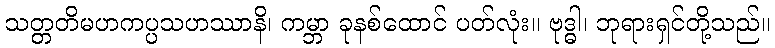
သတ္တတိမဟကပ္ပသဟဿာနိ၊ ကမ္ဘာ ခုနစ်ထောင် ပတ်လုံး။ ဗုဒ္ဓါ၊ ဘုရားရှင်တို့သည်။